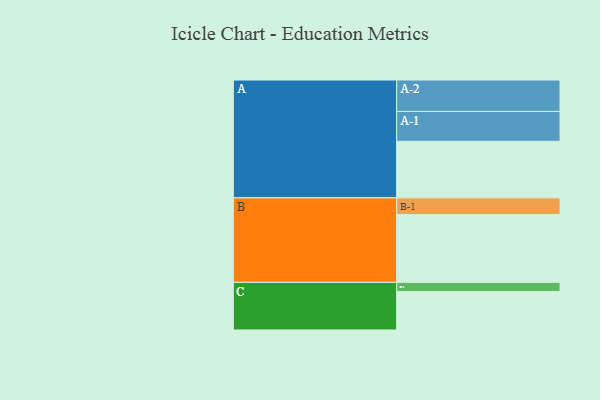
{"axis": {"x": "Segment", "y": "Value"}, "legend": ["", "A", "B", "C"], "data": [{"x": "A", "y": 489, "type": ""}, {"x": "B", "y": 586, "type": ""}, {"x": "C", "y": 332, "type": ""}, {"x": "A-1", "y": 258, "type": "A"}, {"x": "A-2", "y": 272, "type": "A"}, {"x": "B-1", "y": 145, "type": "B"}, {"x": "C-1", "y": 80, "type": "C"}]}